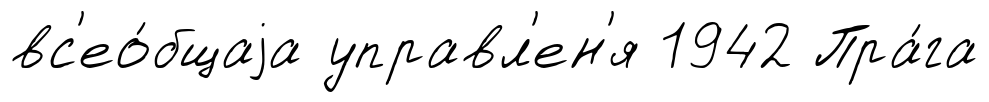
вс'ео́бщаjа управл'ен'я 1942 Пра́га